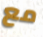
مع